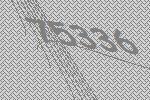
75336